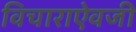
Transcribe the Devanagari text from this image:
विचाराऐवजी